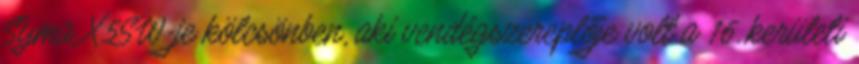
Syma X5SW-je kölcsönben, aki vendégszereplője volt a 16. kerületi